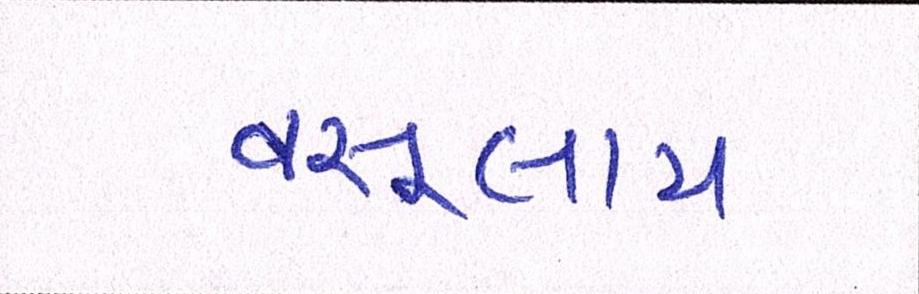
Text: વસૂલાય